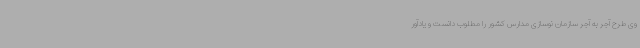
وی طرح آجر به آجر سازمان نوسازی مدارس کشور را مطلوب دانست و یادآور